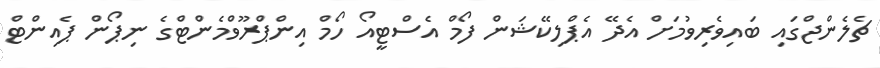
ޗެލެންޖްގައި ބައިވެރިވުމަށް އެދޭ އެޕްލިކޭޝަން ފޯމް އެސްޓީއޯ ހޯމް އިންޕްރޫވްމެންޓްގެ ނިޕޯން ޕެއިންޓް